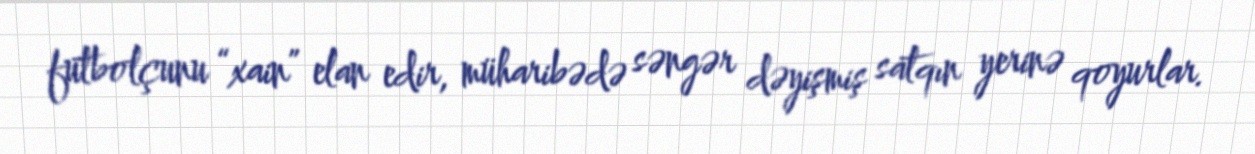
futbolçunu “xain” elan edir, müharibədə səngər dəyişmiş satqın yerinə qoyurlar.